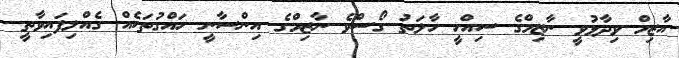
އާޒިމް ވިދާޅުވީ ނާޒިމްގެ ސިއްހީ ހާލަތު ގޯސްވެ ނާޒިމްގެ އިންސާނީ ހައްގުތަކެއް ގެއްލިފައިވާތީ